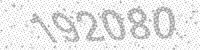
Solution: 192080